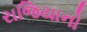
રાજિયાનો